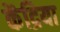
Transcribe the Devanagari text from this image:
केंद्रिया